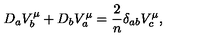
D _ { a } V _ { b } ^ { \mu } + D _ { b } V _ { a } ^ { \mu } = { \frac { 2 } { n } } \delta _ { a b } V _ { c } ^ { \mu } ,